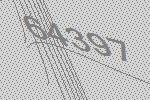
64397